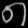
Digit: ၈